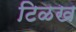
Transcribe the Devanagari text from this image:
टिळख